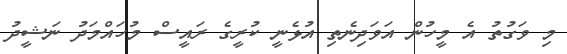
މި ވަގުތު އެ މީހުން އަވަދިނެތި އުޅެނީ ކުރީގެ ރައީސް މުހައްމަދު ނަޝީދު